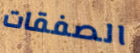
الصفقات